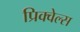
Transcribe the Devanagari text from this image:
प्रिक्वेल्स